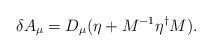
\begin{align*}\delta A_\mu = D_\mu (\eta + M^{-1} \eta^\dagger M).\end{align*}